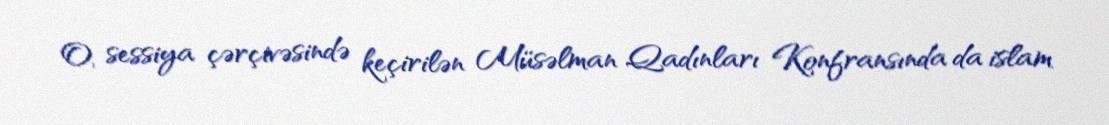
O, sessiya çərçivəsində keçirilən Müsəlman Qadınları Konfransında da islam